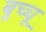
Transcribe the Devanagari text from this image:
बुच्चू